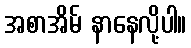
အစာအိမ် နာနေလို့ပါ။